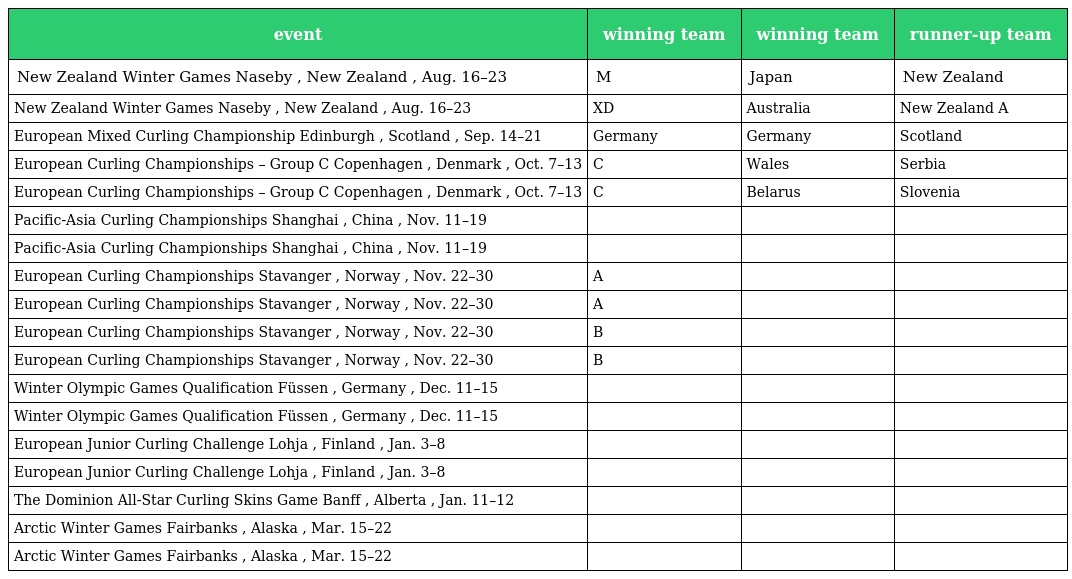
| event | winning team | winning team | runner-up team |
 | --- | --- | --- | --- |
 | New Zealand Winter Games Naseby , New Zealand , Aug. 16–23 | M | Japan | New Zealand |
 | New Zealand Winter Games Naseby , New Zealand , Aug. 16–23 | XD | Australia | New Zealand A |
 | European Mixed Curling Championship Edinburgh , Scotland , Sep. 14–21 | Germany | Germany | Scotland |
 | European Curling Championships – Group C Copenhagen , Denmark , Oct. 7–13 | C | Wales | Serbia |
 | European Curling Championships – Group C Copenhagen , Denmark , Oct. 7–13 | C | Belarus | Slovenia |
 | Pacific-Asia Curling Championships Shanghai , China , Nov. 11–19 |  |  |  |
 | Pacific-Asia Curling Championships Shanghai , China , Nov. 11–19 |  |  |  |
 | European Curling Championships Stavanger , Norway , Nov. 22–30 | A |  |  |
 | European Curling Championships Stavanger , Norway , Nov. 22–30 | A |  |  |
 | European Curling Championships Stavanger , Norway , Nov. 22–30 | B |  |  |
 | European Curling Championships Stavanger , Norway , Nov. 22–30 | B |  |  |
 | Winter Olympic Games Qualification Füssen , Germany , Dec. 11–15 |  |  |  |
 | Winter Olympic Games Qualification Füssen , Germany , Dec. 11–15 |  |  |  |
 | European Junior Curling Challenge Lohja , Finland , Jan. 3–8 |  |  |  |
 | European Junior Curling Challenge Lohja , Finland , Jan. 3–8 |  |  |  |
 | The Dominion All-Star Curling Skins Game Banff , Alberta , Jan. 11–12 |  |  |  |
 | Arctic Winter Games Fairbanks , Alaska , Mar. 15–22 |  |  |  |
 | Arctic Winter Games Fairbanks , Alaska , Mar. 15–22 |  |  |  |